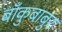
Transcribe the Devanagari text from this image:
बाँकुबाबुर